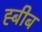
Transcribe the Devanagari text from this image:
ह्बीब